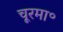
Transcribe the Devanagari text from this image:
चूरमा॰